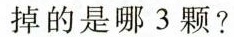
掉的是哪 3 颗？